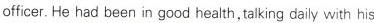
officer. He had been in good health, talking daily with his